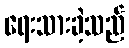
ရေးသားခဲ့သည်